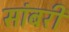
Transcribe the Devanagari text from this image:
सांबरी